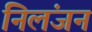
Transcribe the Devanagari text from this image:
निलंजन